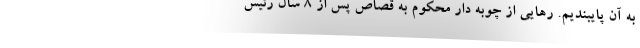
به آن پایبندیم. رهایی از چوبه دار محکوم به قصاص پس از 8 سال رئیس